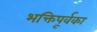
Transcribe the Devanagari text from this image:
भक्तिपूर्वका